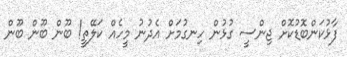
ފާޅުކަންބޮޑުކޮށް ޖިންސީ ގުޅުން ހިނގުމަށް އެދުނު މީހެއް ކަލޭތީ! ބޫން ބޫން ބޫން